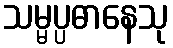
သမ္မပ္ပဓာနေသု